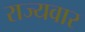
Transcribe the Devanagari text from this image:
राज्‍यवार